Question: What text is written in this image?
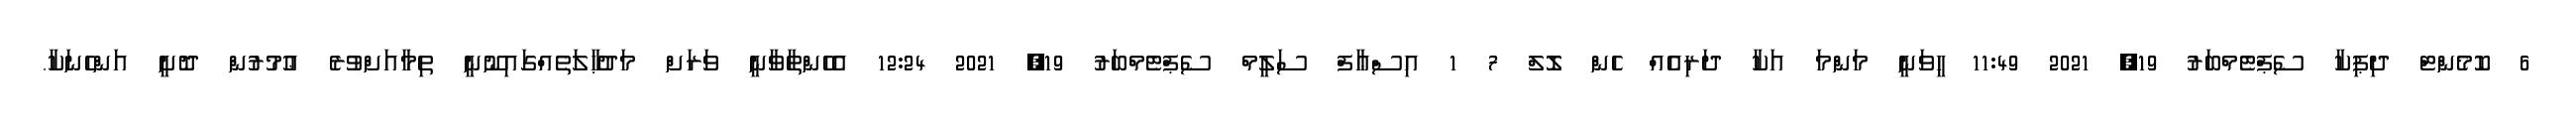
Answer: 6 ކޮމެންޓް ދިޕިކާ ސެޕްޓެމްބަރު 19, 2021 11:49 ހީވަނީ މަންމަ އަކާ ދަރިއެއް ހެން ލޮލް 7 1 އިސްޢާފް ސަލީމް ސެޕްޓެމްބަރު 19, 2021 12:24 އެހެންތާވާނީ ވަރަށް މަދުޙާލަތެއްގައިނޫނީ ތިމާއަށްވުރެ ޢުމުރުން ދޮށީ އަންހެނަކާ.